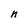
Character: n